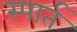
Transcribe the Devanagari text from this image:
स्पार्त